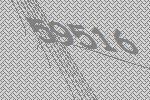
59516